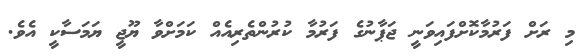
މި ރަށް ފަރުމާކޮށްފައިވަނީ ޖަޕާނުގެ ފަރުމާ ކުރުންތެރިއެއް ކަމަށްވާ ޔޫޖީ ޔަމަސާކީ އެވެ.